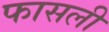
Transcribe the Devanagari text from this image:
फासली